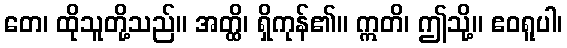
တေ၊ ထိုသူတို့သည်။ အတ္ထိ၊ ရှိကုန်၏။ ဣတိ၊ ဤသို့။ ဧဝရူပါ၊